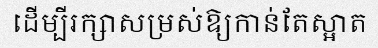
ដើម្បីរក្សាសម្រស់ឱ្យកាន់តែស្អាត